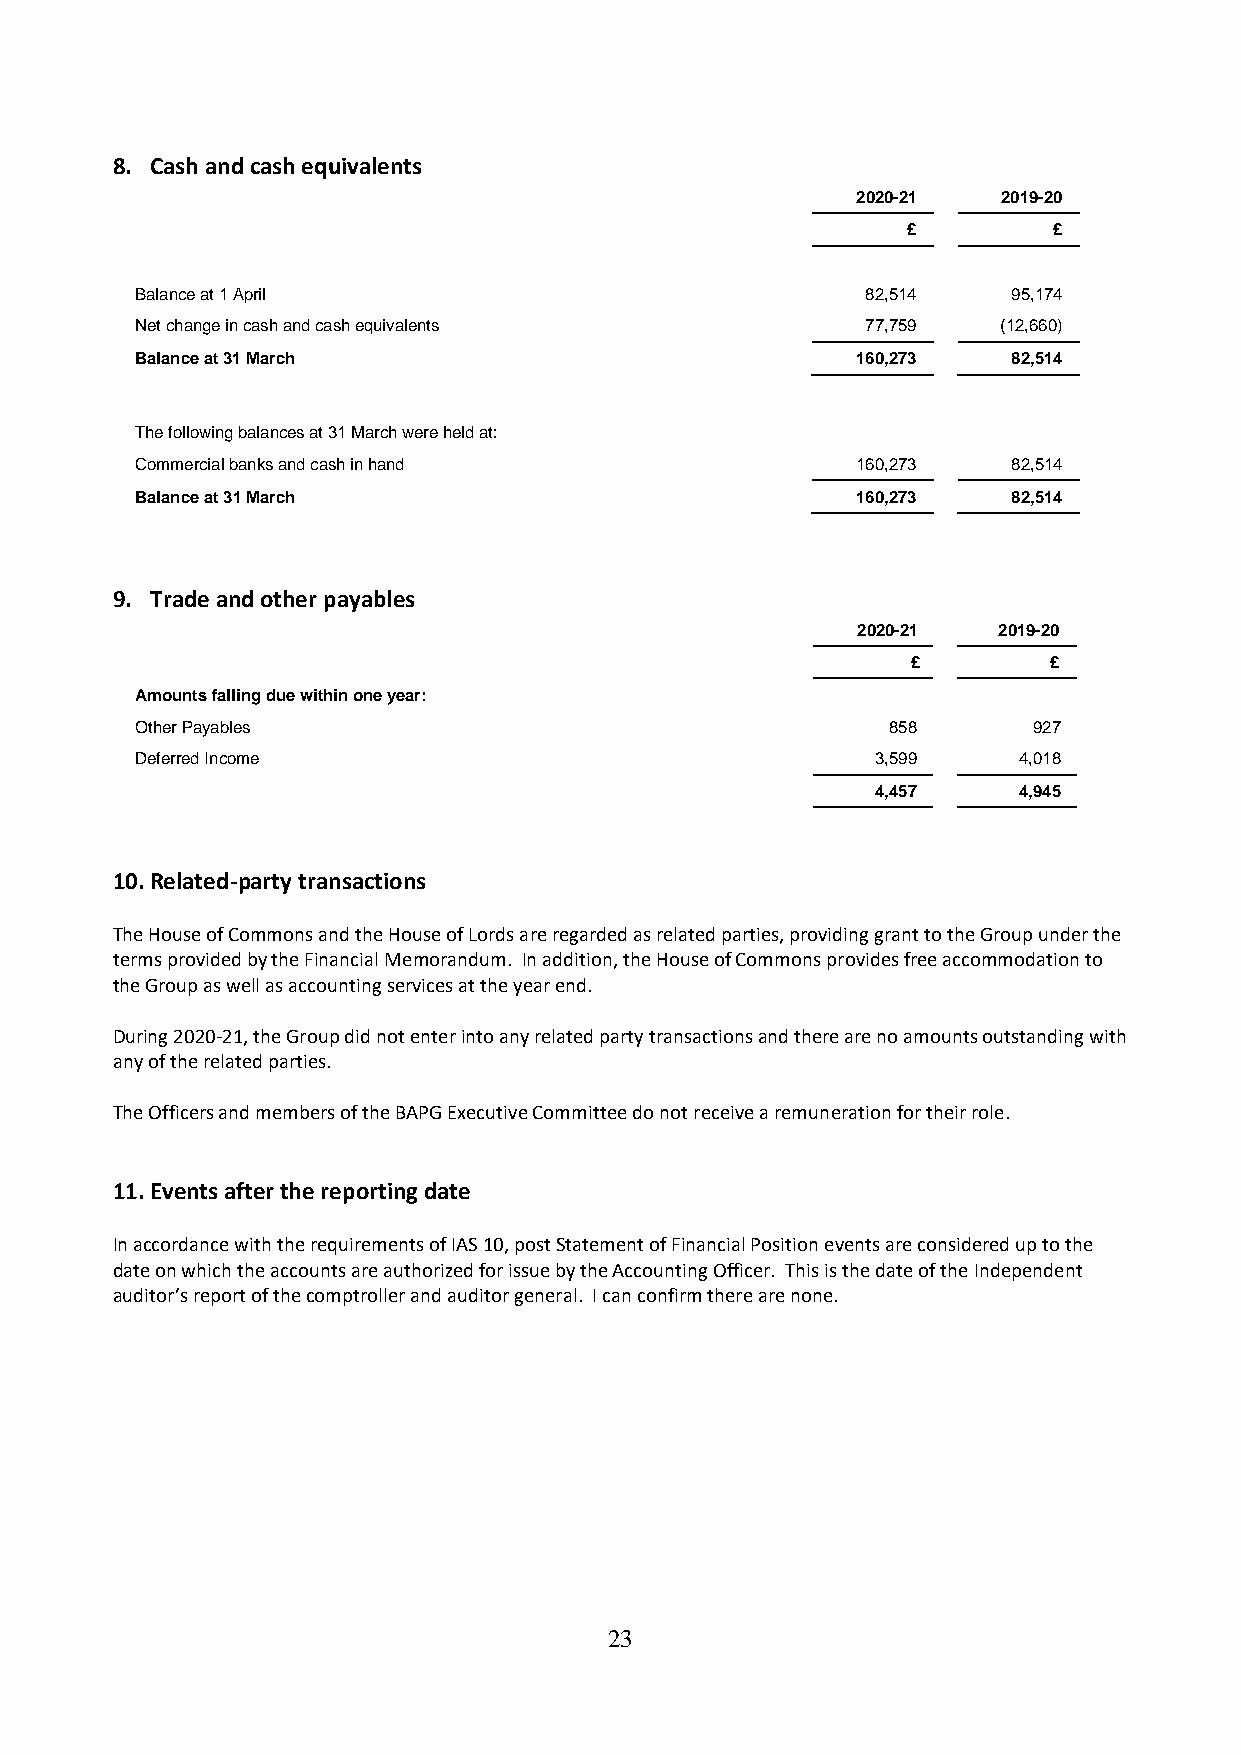
8. Cash and cash equivalents
 2020-21  2019-20
 £         £
 Balance at 1 April                              82,514    95,174
 Net change in cash and cash equivalents         77,759   (12,660)
 Balance at 31 March                             160,273   82,514
 The following balances at 31 March were held at:
 Commercial banks and cash in hand               160,273   82,514
 Balance at 31 March                             160,273   82,514
 9. Trade and other payables
 2020-21  2019-20
 £        £
 Amounts falling due within one year:
 Other Payables                                    858      927
 Deferred Income                                  3,599    4,018
 4,457    4,945
 10. Related-party transactions
 The House of Commons and the House of Lords are regarded as related parties, providing grant to the Group under the
 terms provided by the Financial Memorandum. In addition, the House of Commons provides free accommodation to
 the Group as well as accounting services at the year end.
 During 2020-21, the Group did not enter into any related party transactions and there are no amounts outstanding with
 any of the related parties.
 The Officers and members of the BAPG Executive Committee do not receive a remuneration for their role.
 11. Events after the reporting date
 In accordance with the requirements of IAS 10, post Statement of Financial Position events are considered up to the
 date on which the accounts are authorized for issue by the Accounting Officer. This is the date of the Independent
 auditor’s report of the comptroller and auditor general. I can confirm there are none.
 23